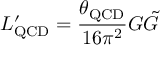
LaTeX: L _ { \mathrm { Q C D } } ^ { \prime } = { \frac { \theta _ { \mathrm { Q C D } } } { 1 6 \pi ^ { 2 } } } G \Tilde { G }